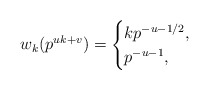
\begin{align*}w_k(p^{uk+v})=\begin{cases} kp^{-u-1/2},&\\p^{-u-1},&\end{cases}\end{align*}